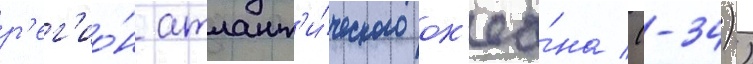
р'ег'ио́н атлант'и́ческого ок'еа́на (-34))